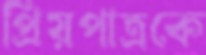
প্রিয়পাত্রকে